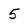
Character: 5